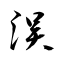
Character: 洖